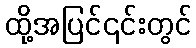
ထို့အပြင်၎င်းတွင်